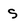
Character: s